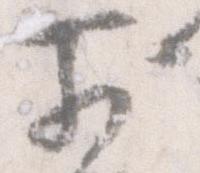
前